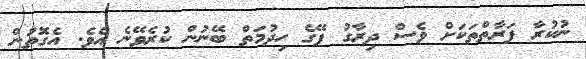
ނުކުރާ ފަރާތްތަކަށް ވެސް ދިރާގު ޕޭގެ ހިދުމަތް ބޭނުން ކުރެވޭނެ އެވެ. އެގޮތުން